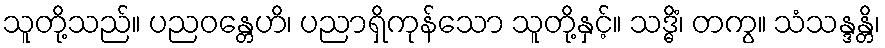
သူတို့သည်။ ပညဝန္တေဟိ၊ ပညာရှိကုန်သော သူတို့နှင့်။ သဒ္ဓိံ၊ တကွ။ သံသန္ဒန္တိ၊